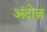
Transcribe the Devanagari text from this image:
अंदोज़